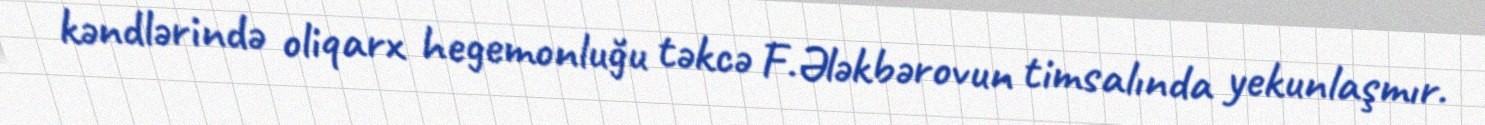
kəndlərində oliqarx hegemonluğu təkcə F.Ələkbərovun timsalında yekunlaşmır.